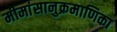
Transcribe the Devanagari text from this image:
मीमांसानुक्रमाणिका